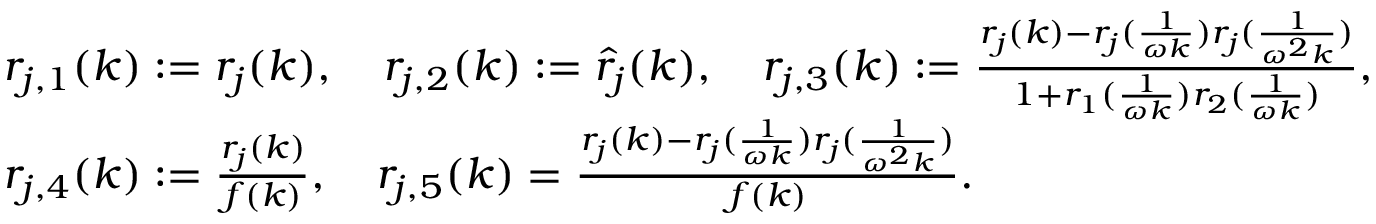
\begin{array} { r l } & { r _ { j , 1 } ( k ) : = r _ { j } ( k ) , \quad r _ { j , 2 } ( k ) : = \hat { r } _ { j } ( k ) , \quad r _ { j , 3 } ( k ) : = \frac { r _ { j } ( k ) - r _ { j } ( \frac { 1 } { \omega k } ) r _ { j } ( \frac { 1 } { \omega ^ { 2 } k } ) } { 1 + r _ { 1 } ( \frac { 1 } { \omega k } ) r _ { 2 } ( \frac { 1 } { \omega k } ) } , } \\ & { r _ { j , 4 } ( k ) : = \frac { r _ { j } ( k ) } { f ( k ) } , \quad r _ { j , 5 } ( k ) = \frac { r _ { j } ( k ) - r _ { j } ( \frac { 1 } { \omega k } ) r _ { j } ( \frac { 1 } { \omega ^ { 2 } k } ) } { f ( k ) } . } \end{array}